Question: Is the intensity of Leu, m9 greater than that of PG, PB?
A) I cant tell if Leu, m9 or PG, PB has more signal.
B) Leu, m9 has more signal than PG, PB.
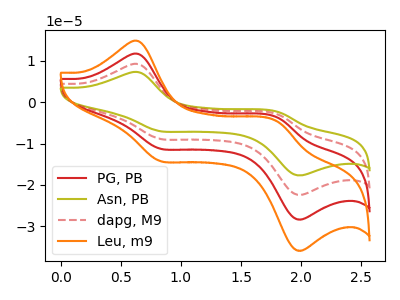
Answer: <think>The red curve "PG, PB" has anodic peaks at (0.65V, 11.70uA) (1.80V, -3.65uA) and cathodic peaks at (0.80V, -11.20uA) (1.95V, -28.25uA). The olive curve "Asn, PB" has anodic peaks at (0.65V, 35.10uA) (1.80V, -11.00uA) and cathodic peaks at (0.80V, -33.60uA) (1.95V, -84.80uA). The red dashed curve "dapg, M9" has anodic peaks at (0.65V, 23.40uA) (1.80V, -7.35uA) and cathodic peaks at (0.80V, -22.40uA) (1.95V, -56.50uA). The orange curve "Leu, m9" has anodic peaks at (0.65V, 14.80uA) (1.80V, -4.65uA) and cathodic peaks at (0.80V, -14.20uA) (1.95V, -35.80uA).
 All the peaks in "Leu, m9" have a peak in "PG, PB" at the same potential.</think>
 <answer>A) I cant tell if "Leu, m9" or "PG, PB" has more signal.</answer>
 <eval>A</eval>